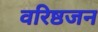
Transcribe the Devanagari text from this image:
वरिष्ठजन